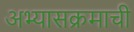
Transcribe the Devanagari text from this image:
अभ्‍यासक्रमाची